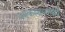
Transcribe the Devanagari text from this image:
आकाशवाणीी